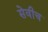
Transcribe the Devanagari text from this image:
सेवीच